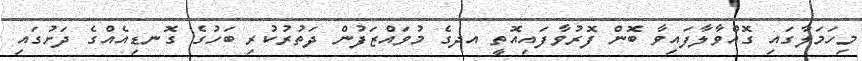
މިހަމަލާގައި ގޮއްވާލާފައިވާ ބޮން ފޮރުވާފައިއޮތީ އދގެ މުވައްޒަފުން ދަތުރުކުރި ބަހުގެ ގޮނޑިއެއްގެ ދަށުގައި